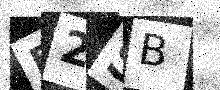
Text: R2SB